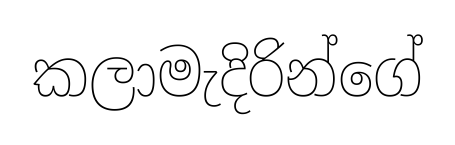
කලාමැදිරින්ගේ